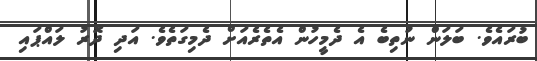
ބުރައެވެ. ބަލަން ނުތިބެ އެ ދެމީހުން އެތެރެއަށް ދެމިގަތެވެ. އަދި ދޮރު ލައްޕައި